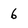
Character: 6